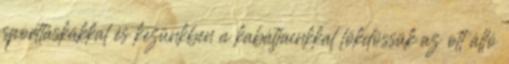
sporttáskákkal és kezünkben a kabátjainkkal lökdössük az ott álló